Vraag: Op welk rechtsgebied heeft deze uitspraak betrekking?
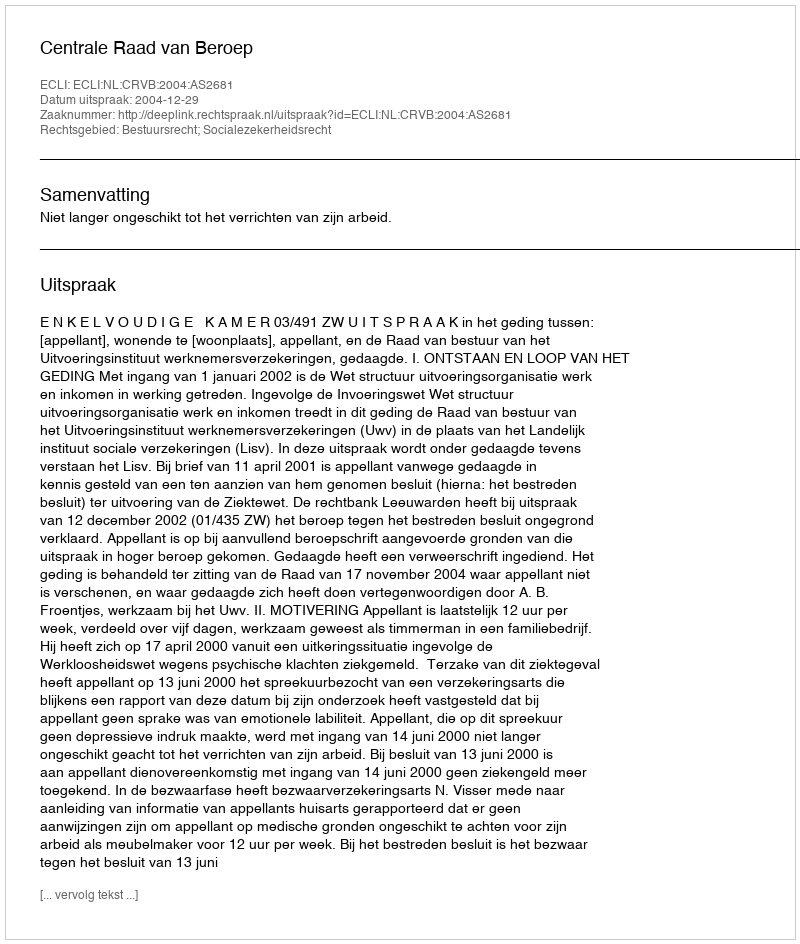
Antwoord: Bestuursrecht; Socialezekerheidsrecht